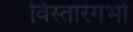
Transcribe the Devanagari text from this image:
विस्तारगर्भा